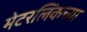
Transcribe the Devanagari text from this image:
मेटरलिंकच्या